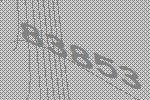
83853